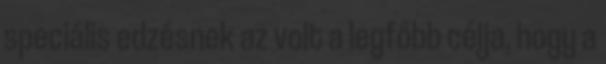
speciális edzésnek az volt a legfőbb célja, hogy a